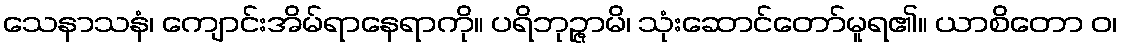
သေနာသနံ၊ ကျောင်းအိမ်ရာနေရာကို။ ပရိဘုဉ္ဇာမိ၊ သုံးဆောင်တော်မူရ၏။ ယာစိတော ဝ၊